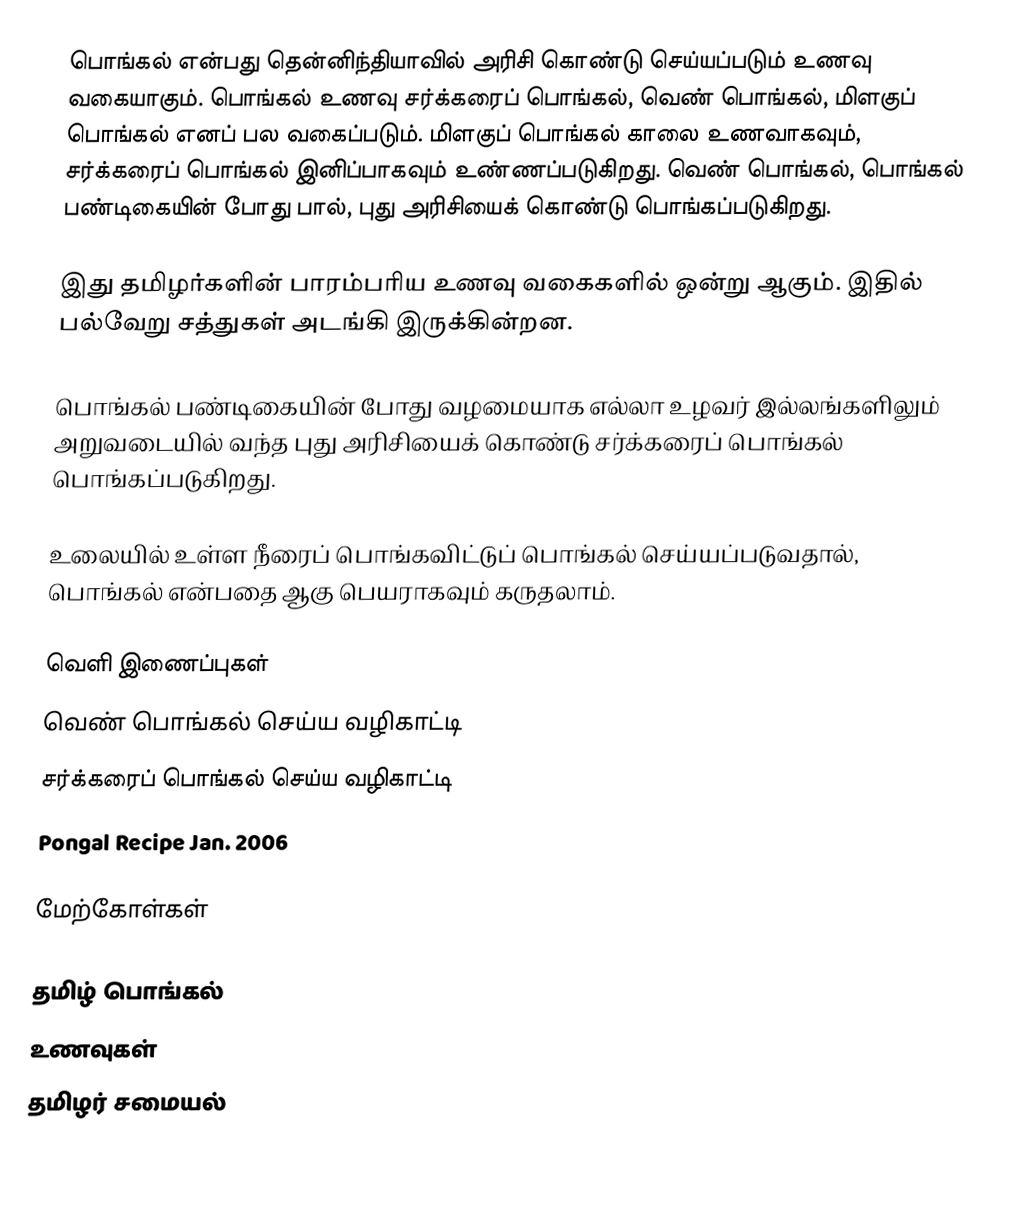
பொங்கல் என்பது தென்னிந்தியாவில் அரிசி கொண்டு செய்யப்படும் உணவு வகையாகும். பொங்கல் உணவு சர்க்கரைப் பொங்கல், வெண் பொங்கல், மிளகுப் பொங்கல் எனப் பல வகைப்படும். மிளகுப் பொங்கல் காலை உணவாகவும், சர்க்கரைப் பொங்கல் இனிப்பாகவும் உண்ணப்படுகிறது. வெண் பொங்கல், பொங்கல் பண்டிகையின் போது பால், புது அரிசியைக் கொண்டு பொங்கப்படுகிறது.

இது தமிழர்களின் பாரம்பரிய உணவு வகைகளில் ஒன்று ஆகும். இதில் பல்வேறு சத்துகள் அடங்கி இருக்கின்றன.

பொங்கல் பண்டிகையின் போது வழமையாக எல்லா உழவர் இல்லங்களிலும் அறுவடையில் வந்த புது அரிசியைக் கொண்டு சர்க்கரைப் பொங்கல் பொங்கப்படுகிறது.

உலையில் உள்ள நீரைப் பொங்கவிட்டுப் பொங்கல் செய்யப்படுவதால், பொங்கல் என்பதை ஆகு பெயராகவும் கருதலாம்.

வெளி இணைப்புகள்
 வெண் பொங்கல் செய்ய வழிகாட்டி
 சர்க்கரைப் பொங்கல் செய்ய வழிகாட்டி
 Pongal Recipe Jan. 2006

மேற்கோள்கள்

தமிழ் பொங்கல்
உணவுகள்
தமிழர் சமையல்